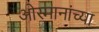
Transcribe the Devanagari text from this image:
ओस्मानांच्या